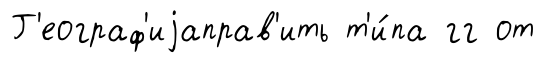
Г'еограф'иjаправ'ить т'и́па гг от